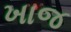
ખાજ